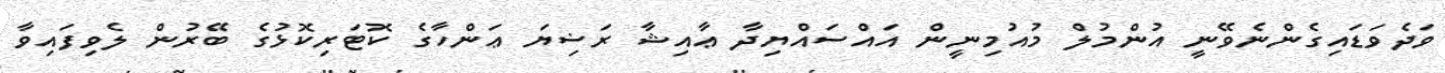
ވަދެވަޑައިގެންނެވޭނީ އުންމުލް މުއުމިނީން އައްސައްޔިދާ ޢާއިޝާ ރަޟިޔަ ޢަންހާގެ ކޮޓަރިކޮޅުގެ ބޭރުން ލެވިފައިވާ